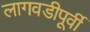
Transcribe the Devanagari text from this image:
लागवडीपूर्वी